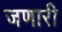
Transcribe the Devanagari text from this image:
जणारी